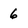
Character: 6